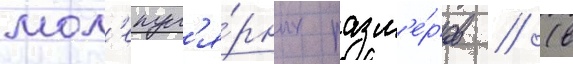
мол'екул'я́рных разм'е́ров // (в